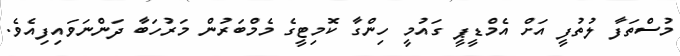
މުސްތަފާ ލުތުފީ އަށް އެމްޑީޕީ ގައުމީ ހިންގާ ކޮމިޓީގެ މެމްބަރުން މަރުހަބާ ދަންނަވައިފިއެވެ.